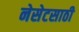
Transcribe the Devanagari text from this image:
नेसेटसाठी